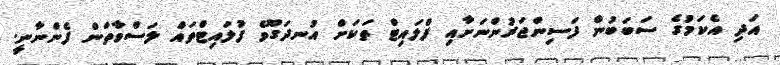
އަދި އެކަމުގެ ސަބަބުން ފަސިންޖަރުންނަށާއި ފްލައިޓް ތަކަށް އުނދަގޫވެ ފުލައިޓްތައް ލަސްވާތަން ފެންނާނީ.